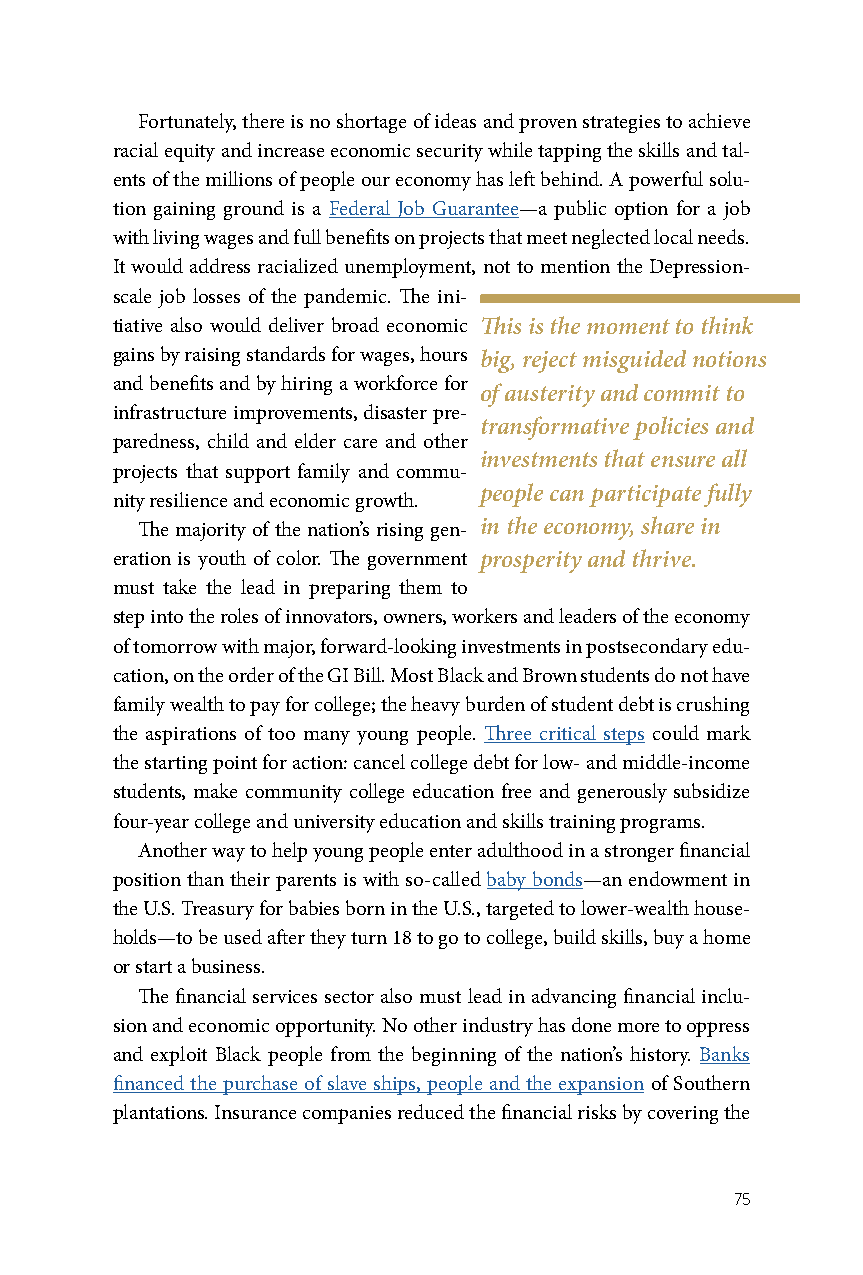
Fortunately, there is no shortage of ideas and proven strategies to achieve
 racial equity and increase economic security while tapping the skills and tal-
 ents of the millions of people our economy has left behind. A powerful solu-
 tion gaining ground is a Federal Job Guarantee—a public option for a job
 with living wages and full benefits on projects that meet neglected local needs.
 It would address racialized unemployment, not to mention the Depression-
 scale job losses of the pandemic. The ini-
 tiative also would deliver broad economic This is the moment to think
 gains by raising standards for wages, hours big, reject misguided notions
 and benefits and by hiring a workforce for
 of austerity and commit to
 infrastructure improvements, disaster pre-
 transformative policies and
 paredness, child and elder care and other
 investments that ensure all
 projects that support family and commu-
 people can participate fully
 nity resilience and economic growth.
 The majority of the nation’s rising gen- in the economy, share in
 eration is youth of color. The government prosperity and thrive.
 must take the lead in preparing them to
 step into the roles of innovators, owners, workers and leaders of the economy
 of tomorrow with major, forward-looking investments in postsecondary edu-
 cation, on the order of the GI Bill. Most Black and Brown students do not have
 family wealth to pay for college; the heavy burden of student debt is crushing
 the aspirations of too many young people. Three critical steps could mark
 the starting point for action: cancel college debt for low- and middle-income
 students, make community college education free and generously subsidize
 four-year college and university education and skills training programs.
 Another way to help young people enter adulthood in a stronger financial
 position than their parents is with so-called baby bonds—an endowment in
 the U.S. Treasury for babies born in the U.S., targeted to lower-wealth house-
 holds—to be used after they turn 18 to go to college, build skills, buy a home
 or start a business.
 The financial services sector also must lead in advancing financial inclu-
 sion and economic opportunity. No other industry has done more to oppress
 and exploit Black people from the beginning of the nation’s history. Banks
 financed the purchase of slave ships, people and the expansion of Southern
 plantations. Insurance companies reduced the financial risks by covering the
 75